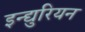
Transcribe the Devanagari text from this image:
इन्द्युरियन